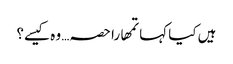
ہیں کیا کہا تمھارا حصہ… وہ کیسے؟